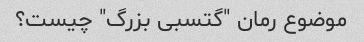
موضوع رمان "گتسبی بزرگ" چیست؟